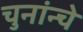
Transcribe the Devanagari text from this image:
चुनांन्चे